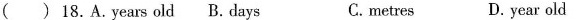
( ) 18.A. years old B.days C.metres D. year old